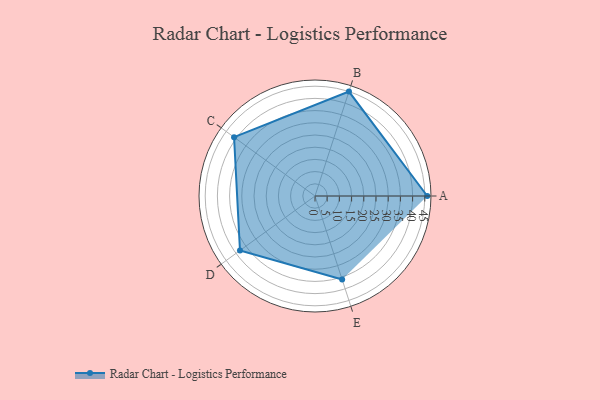
{"axis": {"x": "Skill", "y": "Score"}, "legend": ["Profile"], "data": [{"x": "A", "y": 46.0, "type": "Profile"}, {"x": "B", "y": 45.0, "type": "Profile"}, {"x": "C", "y": 41.0, "type": "Profile"}, {"x": "D", "y": 38.0, "type": "Profile"}, {"x": "E", "y": 36.0, "type": "Profile"}]}